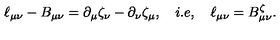
\ell _ { \mu \nu } - B _ { \mu \nu } = \partial _ { \mu } \zeta _ { \nu } - \partial _ { \nu } \zeta _ { \mu } , \quad i . e , \quad \ell _ { \mu \nu } = B _ { \mu \nu } ^ { \zeta } .